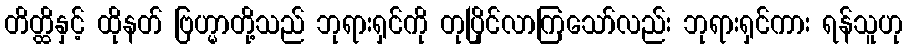
တိတ္ထိနှင့် ထိုနတ် ဗြဟ္မာတို့သည် ဘုရားရှင်ကို တုပြိုင်လာကြသော်လည်း ဘုရားရှင်ကား ရန်သူဟု